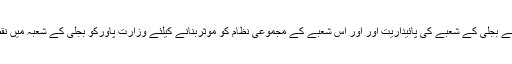
05 جون2018ء) نگران وزیراعظم جسٹس (ر) ناصرالملک نے بجلی کے شعبے کی پائیداریت اور اور اس شعبے کے مجموعی نظام کو موثربنانے کیلئے وزارت پاورکو بجلی کے شعبہ میں نقصانات کو کم کرنے کیلئے اقدامات اٹھانے کی ہدایت کی ہے۔